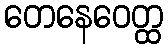
တေနေဝေတ္ထ